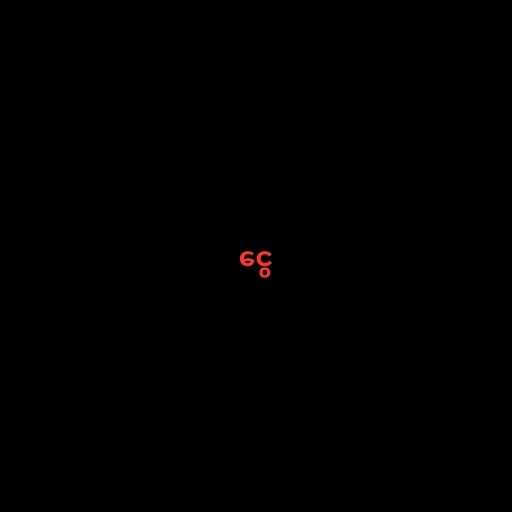
ငွေ